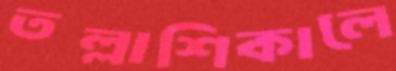
তল্লাশিকালে